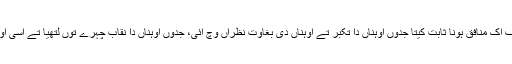
چعین دی وضاحت کردی اے جنہاں نے صرف اِک منافق ہونا ثابت کیتا جدوں اُوہناں دا تکبر تے اُوہناں دی بغاوت نظراں وِچ آئی، جدوں اُوہناں دا نقاب چہرے توں لتھیا تے اَسی اُوہناں نوں اِک منافق دی حیثیت دے نال ویکھیا۔